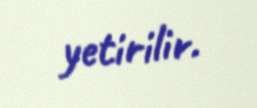
yetirilir.